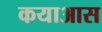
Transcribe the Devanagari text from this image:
कयाआस